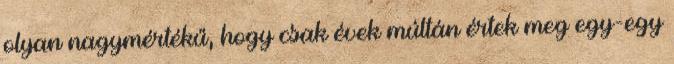
olyan nagymértékű, hogy csak évek múltán értek meg egy-egy